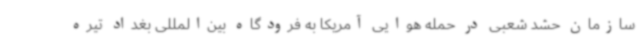
سازمان حشد شعبی در حمله هوایی آمریکا به فرودگاه بین‌المللی بغداد تیره